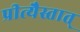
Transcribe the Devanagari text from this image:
प्रीत्यैस्तात्